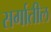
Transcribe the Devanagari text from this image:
सर्गातील